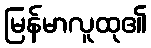
မြန်မာလူထု၏